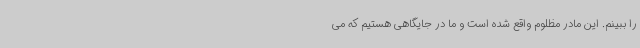
را ببینم. این مادر مظلوم واقع شده است و ما در جایگاهی هستیم که می